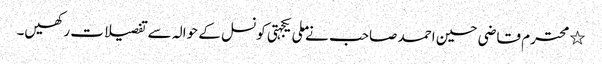
٭	محترم قاضی حسین احمد صاحب نے ملی یکجہتی کونسل کے حوالہ سے تفصیلات رکھیں۔